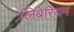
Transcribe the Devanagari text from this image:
लिबेरियम